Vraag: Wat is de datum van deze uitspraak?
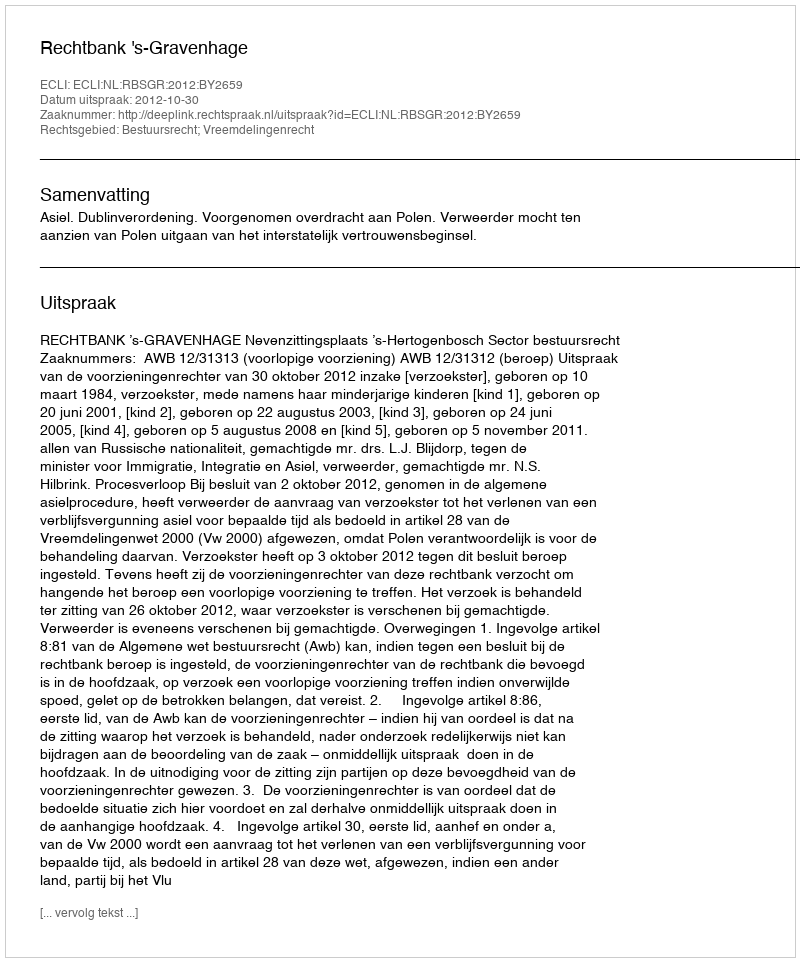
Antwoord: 2012-10-30